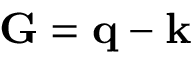
\mathbf { G } = \mathbf { q } - \mathbf { k }